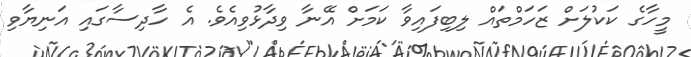
މީހާގެ ކަކުލަށް ޒަހަމްތައް ލިބިފައިވާ ކަމަށް އޭނާ ވިދާޅުވިއެވެ. އެ ހާދިސާގައި އަނިޔާވި